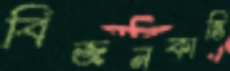
বিজনকান্তি